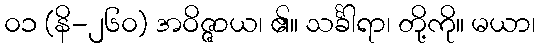
၀၁ (နိ-၂၆၀) အဝိဇ္ဇာယ၊ ၏။ သင်္ခါရာ၊ တို့ကို။ မယာ၊